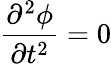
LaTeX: \frac{\partial^{2}\phi}{\partial t^{2}}=0